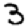
Digit: 3